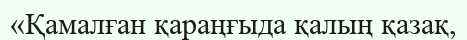
«Қамалған қараңғыда қалың қазақ,